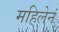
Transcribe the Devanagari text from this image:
महिलेनं